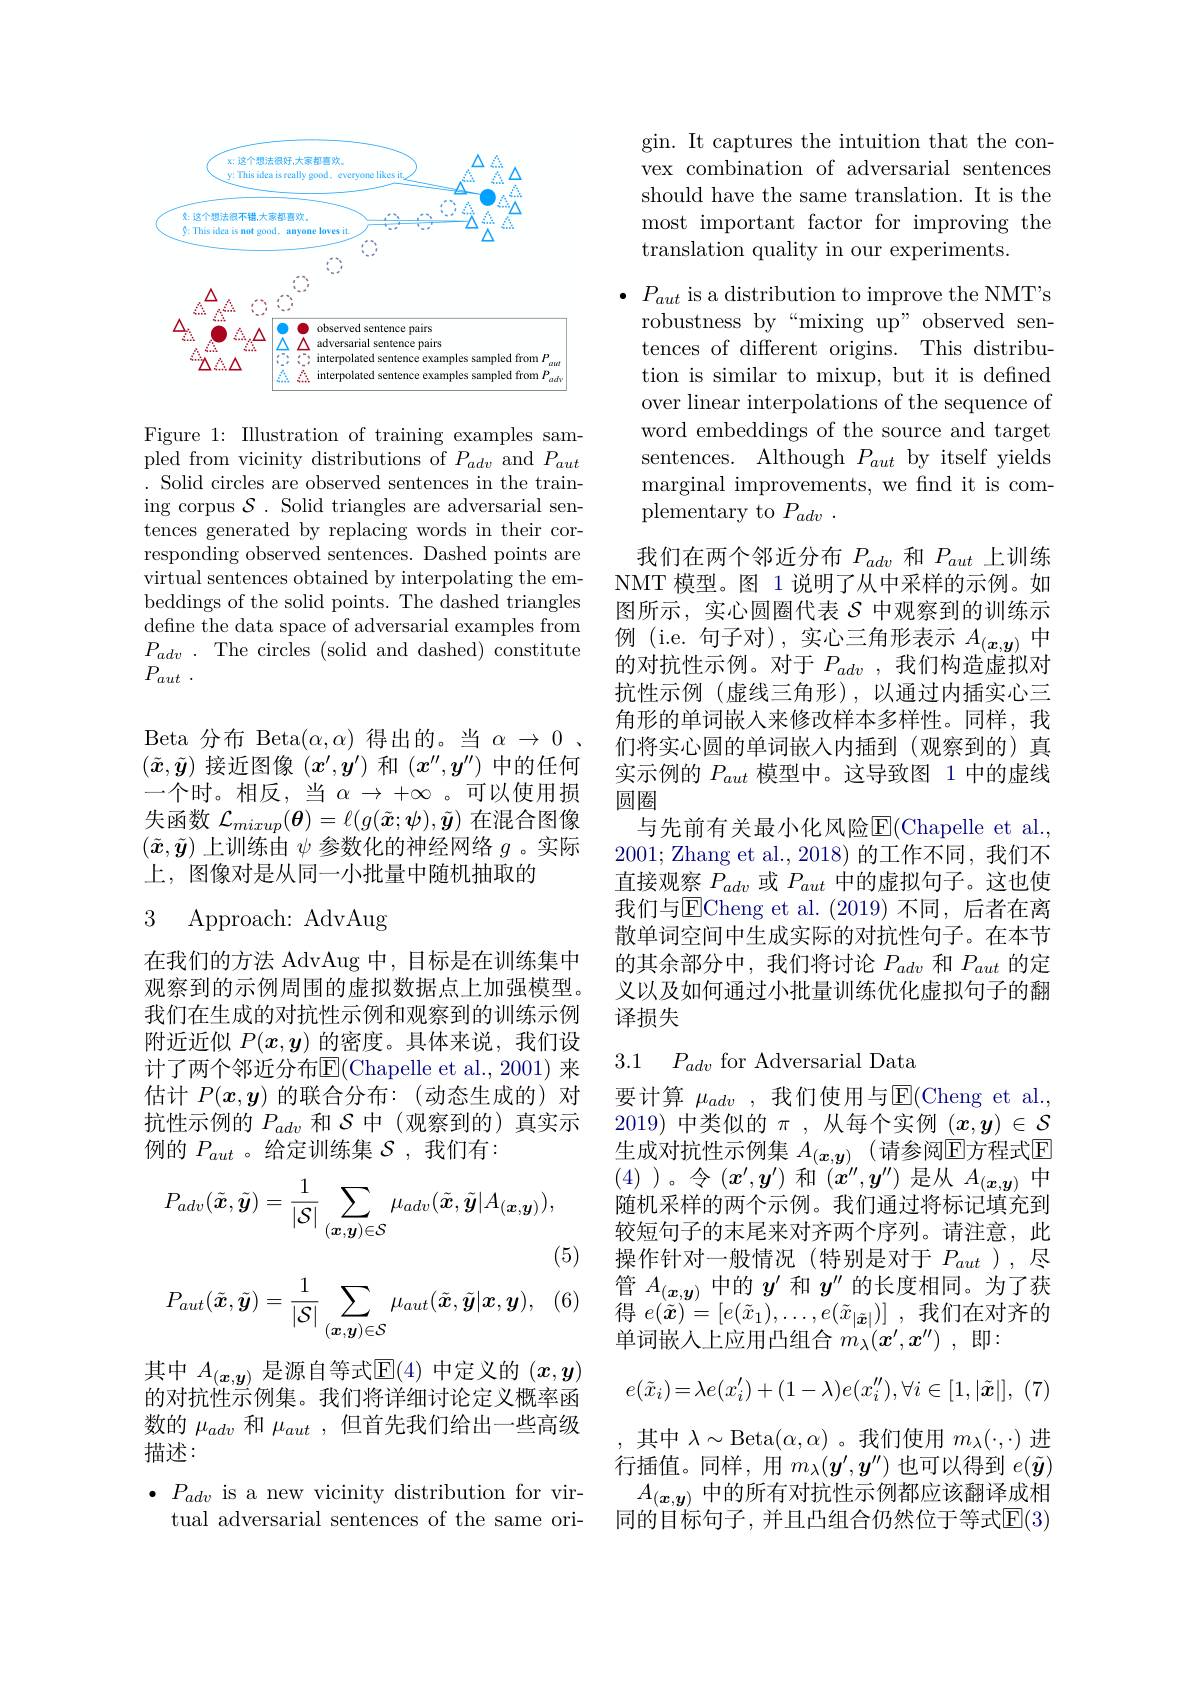
<FigureHere>

Figure 1: Illustration of training examples sampled from vicinity distributions of $P_{adv}$ and $P_{aut}$ . Solid circles are observed sentences in the training corpus $\mathcal{S}.$ Solid triangles are adversarial sentences generated by replacing words in their corresponding observed sentences. Dashed points are virtual sentences obtained by interpolating the embeddings of the solid points. The dashed triangles define the data space of adversarial examples from $P_{adv}$ . The circles (solid and dashed) constitute $P_{aut}$ .

Beta 分布 Beta$(\alpha,\alpha)$得出的。当$\alpha\to0.$ $(\tilde{\boldsymbol{x}},\tilde{\boldsymbol{y}})$接近图像$(x^\prime,\boldsymbol{y}^{\prime})$和$(x^{\prime\prime},\boldsymbol{y}^{\prime\prime})$中的任何一个时。相反，当$\alpha\rightarrow+\infty$ 。可以使用损失函数$\mathcal{L}_{mixup}(\boldsymbol{\theta})=\ell(g(\tilde{\boldsymbol{x}};\psi),\tilde{\boldsymbol{y}})$在混合图像$(\tilde{x},\tilde{\boldsymbol{y}})$上训练由$\psi$参数化的神经网络$g$ 。实际上，图像对是从同一小批量中随机抽取的

# 3 Approach: AdvAug

在我们的方法 AdvAug 中，目标是在训练集中观察到的示例周围的虚拟数据点上加强模型。我们在生成的对抗性示例和观察到的训练示例附近近似$P(x,y)$的密度。具体来说，我们设计了两个邻近分布E$( Chapelle et al. , 2001) 来$ 估计$P(x,y)$的联合分布：(动态生成的)对抗性示例的$P_{adv}$和$\mathcal{S}$中(观察到的)真实示例的$P_{aut}$ 。给定训练集$\mathcal{S}$ ,我们有：
$$P_{adv}(\tilde{\boldsymbol{x}},\tilde{\boldsymbol{y}})=\frac{1}{|\mathcal{S}|}\sum_{(\boldsymbol{x},\boldsymbol{y})\in\mathcal{S}}\mu_{adv}(\tilde{\boldsymbol{x}},\tilde{\boldsymbol{y}}|A_{(\boldsymbol{x},\boldsymbol{y})}),$$
(5)

(6)
$$P_{aut}(\tilde{\boldsymbol{x}},\tilde{\boldsymbol{y}})=\frac{1}{|\mathcal{S}|}\sum_{(\boldsymbol{x},\boldsymbol{y})\in\mathcal{S}}\mu_{aut}(\tilde{\boldsymbol{x}},\tilde{\boldsymbol{y}}|\boldsymbol{x},\boldsymbol{y}),$$
其中$A_(\boldsymbol{x},\boldsymbol{y})$是源自等式$\operatorname{E}(4)$ 中定义的 $(x,\boldsymbol{y})$ 的对抗性示例集。我们将详细讨论定义概率函数的$\mu_{adv}$和$\mu_{aut}$ ,但首先我们给出一些高级描述：
$\bullet$ $P_{adv}$ is a new vicinity distribution for vir-
tual adversarial sentences of the same ori-

gin. It captures the intuition that the convex combination of adversarial sentences should have the same translation. It is the most important factor for improving the translation quality in our experiments.

$\bullet~P_{aut}$ is a distribution to improve the NMT's
robustness by“mixing up”observed sentences of different origins. This distribution is similar to mixup, but it is defined over linear interpolations of the sequence of word embeddings of the source and target sentences. Although $P_{aut}$ by itself yields marginal improvements, we find it is complementary to $P_{adv}$ .

我们在两个邻近分布$P_{adv}$和$P_{aut}$上训练NMT 模型。图 1 说明了从中采样的示例。如图所示，实心圆圈代表$\mathcal{S}$中观察到的训练示例 (i.e. 句子对),实心三角形表示$A_{(\boldsymbol{x},\boldsymbol{y})}$中的对抗性示例。对于$P_{adv}$ ,我们构造虚拟对抗性示例(虚线三角形),以通过内插实心三角形的单词嵌入来修改样本多样性。同样，我们将实心圆的单词嵌人内插到(观察到的)真实示例的$P_{aut}$模型中。这导致图 1 中的虚线圆圈
与先前有关最小化风险E$( Chapelle et al.$ 2001; Zhang et al., 2018) 的工作不同，我们不直接观察$P_{adv}$或$P_{aut}$中的虚拟句子。这也使我们与ECheng et al. ( 2019) 不 同 , 后者在离散单词空间中生成实际的对抗性句子。在本节的其余部分中，我们将讨论$P_adv$和$P_{aut}$的定义以及如何通过小批量训练优化虚拟句子的翻译损失

3.1 $P_{adv}$ for Adversarial Data

要计算 $\mu_adv$ ,我们使用与$\operatorname{E}($Cheng et al., 2019)中类似的$\pi$,从每个实例 $(x,y)\in\mathcal{S}$ 生成对抗性示例集 $A_{(\boldsymbol{x},\boldsymbol{y})}$ (请参阅$\operatorname{E\text{方程式}E}$ (4))。令$(x^\prime,y^{\prime})$ 和$(x^{\prime\prime},y^{\prime\prime})$ 是从 $A_(\boldsymbol{x},\boldsymbol{y})$ 中随机采样的两个示例。我们通过将标记填充到较短句子的末尾来对齐两个序列。请注意，此操作针对一般情况(特别是对于$P_{aut}$),尽管$A_{(\boldsymbol{x},\boldsymbol{y})}$中的$y^\prime$和$y^{\prime\prime}$的长度相同。为了获得$e( \tilde{\boldsymbol{x}} ) = [ e( \tilde{x} _{1}) , \ldots , e( \tilde{x} _{| \tilde{\boldsymbol{x}} | }) ]$ ,我们在对齐的单词嵌人上应用凸组合$m_\lambda(x^{\prime},x^{\prime\prime})$ ,即：
$$e(\tilde{x}_i)=\lambda e(x_i')+(1-\lambda)e(x_i''),\forall i\in[1,|\tilde{\boldsymbol{x}}|],$$
其中$\lambda\sim$Beta$(\alpha,\alpha)$ 。我们使用$m_\lambda(\cdot,\cdot)$进行插值。同样，用$m_\lambda(\boldsymbol{y}^{\prime},\boldsymbol{y}^{\prime\prime})$ 也可以得到 $e(\tilde{\boldsymbol{y}})$ $A_{(\boldsymbol{x},\boldsymbol{y})}$中的所有对抗性示例都应该翻译成相同的目标句子，并且凸组合仍然位于等式$\mathbb{E}(3)$